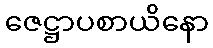
ဇေဋ္ဌာပစာယိနော